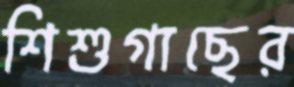
শিশুগাছের